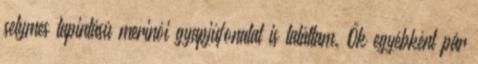
selymes tapintású merinói gyapjúfonalat is találtam. Ők egyébként pár